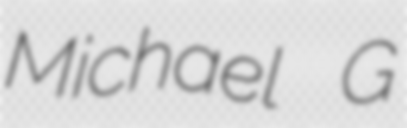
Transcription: Michael G